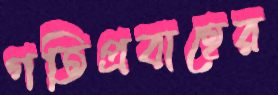
গতিপ্রবাহের